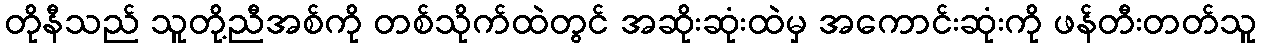
တိုနီသည် သူတို့ညီအစ်ကို တစ်သိုက်ထဲတွင် အဆိုးဆုံးထဲမှ အကောင်းဆုံးကို ဖန်တီးတတ်သူ